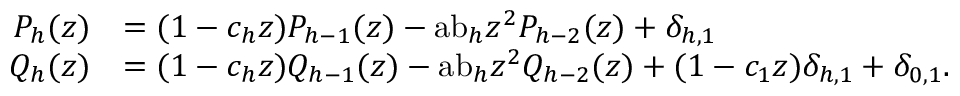
{ \begin{array} { r l } { P _ { h } ( z ) } & { = ( 1 - c _ { h } z ) P _ { h - 1 } ( z ) - { \mathrm { a b } } _ { h } z ^ { 2 } P _ { h - 2 } ( z ) + \delta _ { h , 1 } } \\ { Q _ { h } ( z ) } & { = ( 1 - c _ { h } z ) Q _ { h - 1 } ( z ) - { \mathrm { a b } } _ { h } z ^ { 2 } Q _ { h - 2 } ( z ) + ( 1 - c _ { 1 } z ) \delta _ { h , 1 } + \delta _ { 0 , 1 } . } \end{array} }